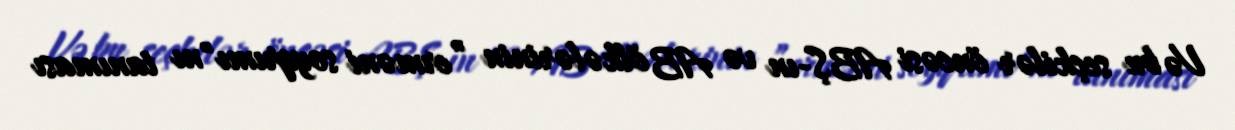
Və bu seçkilər öncəsi ABŞ-ın və AB ölkələrinin ”erməni soyqrımı"nı tanıması